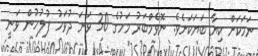
ނަމަކަށް ކިޔާ ބަޔަކަށެވެ. ނޮވެމްބަރު މަހުގެ 30 ވަނަ ދުވަހު ފުލުހުން ވަނީ